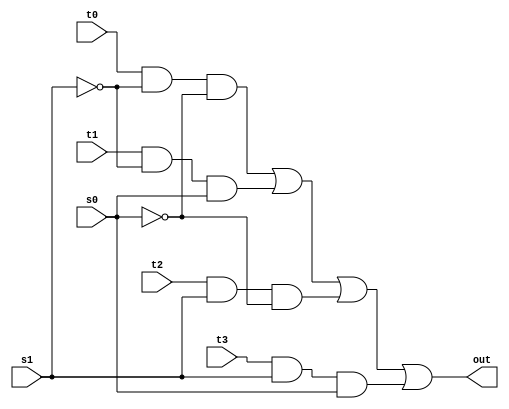
// Lab 2 Part 2
// Design a 4-to-1 multiplexer

// Module 4-to-1 multiplexer
module mux4_to_1 (out, t0, t1, t2, t3, s1, s0);
	
	// Port declaration
	input t0, t1, t2, t3;
	input s0, s1;
	output out;
	
	// Internal wire
	wire s0n, s1n;
	wire y0, y1, y2, y3;
	
	// Not gate (output, input)
	not (s0n, s0);
	not (s1n, s1);
	
	// 3 input and gate (output, input, input, input)
	and (y0, t0, s1n, s0n);
	and (y1, t1, s1n, s0);
	and (y2, t2, s1, s0n);
	and (y3, t3, s1, s0);
	
	// 4 input or gate (output, input, input, input, input)
	or (out, y0, y1, y2, y3);
endmodule